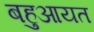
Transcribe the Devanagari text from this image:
बहुआयत